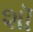
શૉ